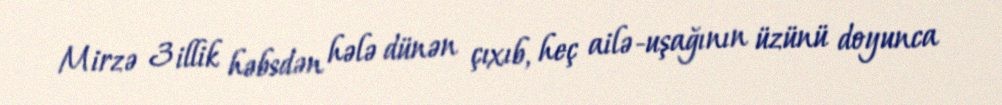
Mirzə 3 illik həbsdən hələ dünən çıxıb, heç ailə-uşağının üzünü doyunca